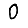
Digit: 0